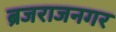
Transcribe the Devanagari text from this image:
ब्रजराजनगर